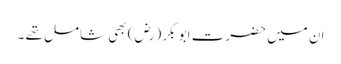
ان میں حضرت ابو بکر (رض) بھی شامل تھے ۔